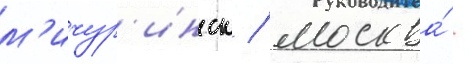
м'ичур'инск / москва́ -